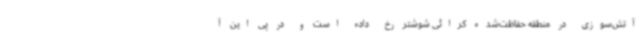
آتش‌سوزی در منطقه حفاظت‌شده کرائی شوشتر رخ داده است و در پی این آ